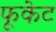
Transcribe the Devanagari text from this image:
फूकेट